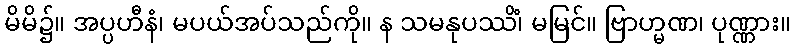
မိမိ၌။ အပ္ပဟီနံ၊ မပယ်အပ်သည်ကို။ န သမနုပဿိံ၊ မမြင်။ ဗြာဟ္မဏ၊ ပုဏ္ဏား။